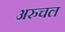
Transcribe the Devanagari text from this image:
अरुचल